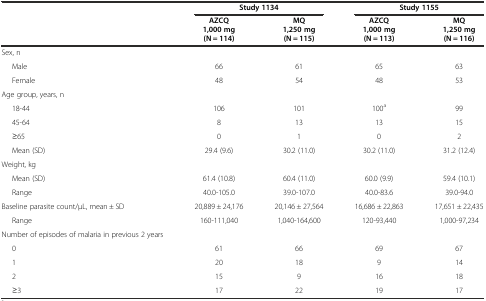
<table><thead><tr><td></td><td colspan="2"><b>Study 1134</b></td><td colspan="2"><b>Study 1155</b></td></tr><tr><td></td><td><b>AZCQ 1,000 mg (N = 114)</b></td><td><b>MQ 1,250 mg (N = 115)</b></td><td><b>AZCQ 1,000 mg (N = 113)</b></td><td><b>MQ 1,250 mg (N = 116)</b></td></tr></thead><tbody><tr><td>Sex, n</td><td></td><td></td><td></td><td></td></tr><tr><td>Male</td><td>66</td><td>61</td><td>65</td><td>63</td></tr><tr><td>Female</td><td>48</td><td>54</td><td>48</td><td>53</td></tr><tr><td>Age group, years, n</td><td></td><td></td><td></td><td></td></tr><tr><td>18-44</td><td>106</td><td>101</td><td>100<sup>a</sup></td><td>99</td></tr><tr><td>45-64</td><td>8</td><td>13</td><td>13</td><td>15</td></tr><tr><td>≥65</td><td>0</td><td>1</td><td>0</td><td>2</td></tr><tr><td>Mean (SD)</td><td>29.4 (9.6)</td><td>30.2 (11.0)</td><td>30.2 (11.0)</td><td>31.2 (12.4)</td></tr><tr><td>Weight, kg</td><td></td><td></td><td></td><td></td></tr><tr><td>Mean (SD)</td><td>61.4 (10.8)</td><td>60.4 (11.0)</td><td>60.0 (9.9)</td><td>59.4 (10.1)</td></tr><tr><td>Range</td><td>40.0-105.0</td><td>39.0-107.0</td><td>40.0-83.6</td><td>39.0-94.0</td></tr><tr><td>Baseline parasite count/μL, mean ± SD</td><td>20,889 ± 24,176</td><td>20,146 ± 27,564</td><td>16,686 ± 22,863</td><td>17,651 ± 22,435</td></tr><tr><td>Range</td><td>160-111,040</td><td>1,040-164,600</td><td>120-93,440</td><td>1,000-97,234</td></tr><tr><td>Number of episodes of malaria in previous 2 years</td><td></td><td></td><td></td><td></td></tr><tr><td>0</td><td>61</td><td>66</td><td>69</td><td>67</td></tr><tr><td>1</td><td>20</td><td>18</td><td>9</td><td>14</td></tr><tr><td>2</td><td>15</td><td>9</td><td>16</td><td>18</td></tr><tr><td>≥3</td><td>17</td><td>22</td><td>19</td><td>17</td></tr></tbody></table>